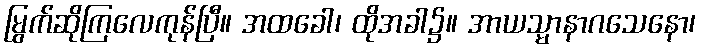
မြွက်ဆိုကြလေကုန်ပြီ။ အထခေါ၊ ထိုအခါ၌။ အာယသ္မာနာဂသေနော၊